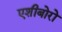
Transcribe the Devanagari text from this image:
एशीबोरो